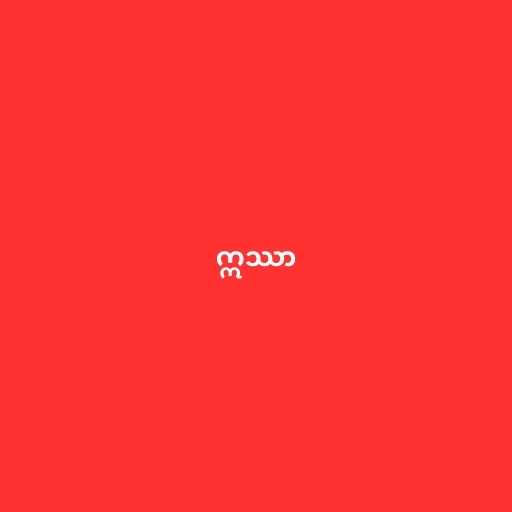
ဣဿာ